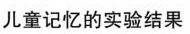
儿童记忆的实验结果